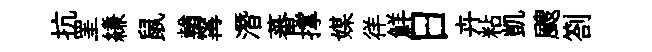
抗罣縑鼠輶𡩋潛蕃撑媒徉鮮日卉粘凱颼劄